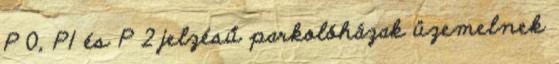
P 0, P1 és P 2 jelzésű parkolóházak üzemelnek